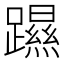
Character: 𨆰